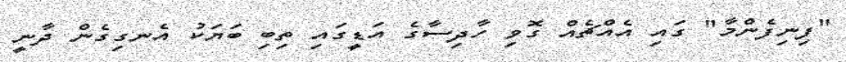
"ފިނިފެންމާ" ގައި އެއްޗެއް ގޮވި ހާދިސާގެ އަޑީގައި ތިބި ބަޔަކު އެނގިގެން ދާނީ